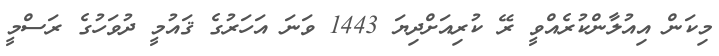
މިކަން އިއުލާންކުރެއްވީ ރޭ ކުރިއަށްދިޔަ 1443 ވަނަ އަހަރުގެ ޤައުމީ ދުވަހުގެ ރަސްމީ